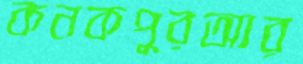
কনকপুরআর